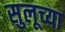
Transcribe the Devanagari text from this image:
सुलूच्या